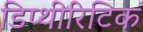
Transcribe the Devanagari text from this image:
डिप्थीरिटिक